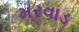
મરવાડ